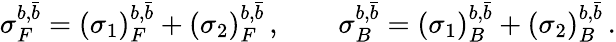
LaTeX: \sigma_{F}^{b,\bar{b}}=(\sigma_{1})_{F}^{b,\bar{b}}+(\sigma_{2})_{F}^{b,\bar{b}}\, ,\qquad\sigma_{B}^{b,\bar{b}}=(\sigma_{1})_{B}^{b,\bar{b}}+(\sigma_{2})_{B}^{b,\bar{b}}\, .